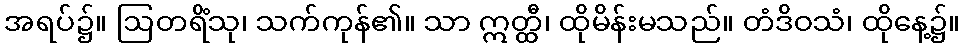
အရပ်၌။ ဩတရိံသု၊ သက်ကုန်၏။ သာ ဣတ္ထီ၊ ထိုမိန်းမသည်။ တံဒိဝသံ၊ ထိုနေ့၌။